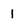
Character: 1